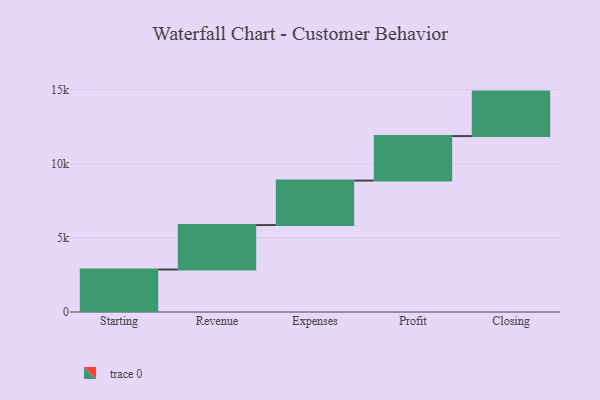
{"axis": {"x": "Step", "y": "Value"}, "legend": [""], "data": [{"x": "Starting", "y": 2864.0, "type": ""}, {"x": "Revenue", "y": 3000, "type": ""}, {"x": "Expenses", "y": 3000, "type": ""}, {"x": "Profit", "y": 3000, "type": ""}, {"x": "Closing", "y": 3000, "type": ""}]}